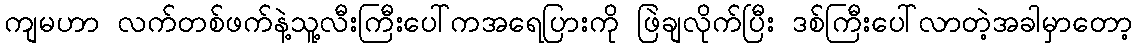
ကျမဟာ လက်တစ်ဖက်နဲ့သူ့လီးကြီးပေါ်ကအရေပြားကို ဖြဲချလိုက်ပြီး ဒစ်ကြီးပေါ်လာတဲ့အခါမှာတော့